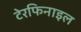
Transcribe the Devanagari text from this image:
टेरफिनाइल